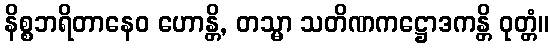
နိစ္စဘရိတာနေဝ ဟောန္တိ, တသ္မာ သတိဏကဋ္ဌောဒကန္တိ ဝုတ္တံ။